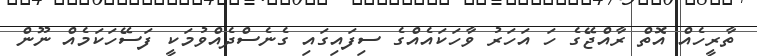
ތާރީހެއް އޮތް ރާއްޖޭގެ ހަ އަހަރު ވާހަކައެއްގެ ސިފައިގައި ގެނެސްދެއްވުމަކީ ފަސޭހަކަމެއް ނޫން